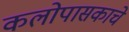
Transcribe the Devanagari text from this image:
कलोपासकाचे